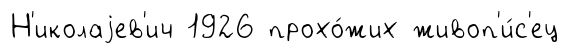
Н'иколаjев'ич 1926 прохо́жих живоп'и́с'ец